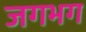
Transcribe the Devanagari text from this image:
जगभग